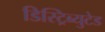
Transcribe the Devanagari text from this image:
डिस्ट्रिब्युटेड